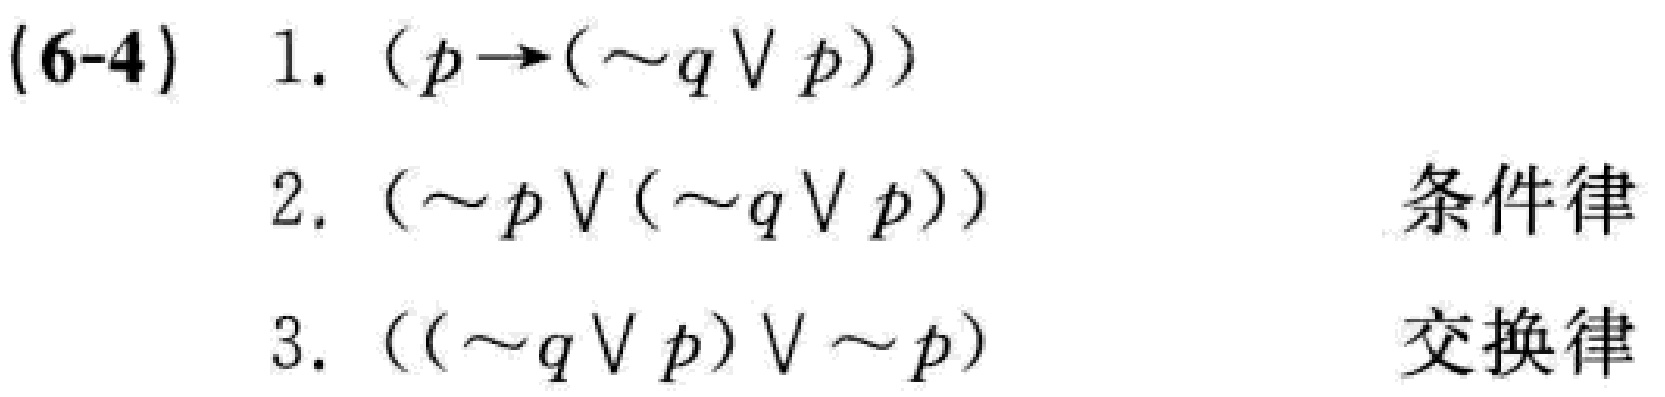
(6-4) 1. $(p\rightarrow(\sim q\vee p))$
2. $(\sim p\vee(\sim q\vee p))$  条件律
3. $((\sim q\vee p)\vee\sim p)$  交换律